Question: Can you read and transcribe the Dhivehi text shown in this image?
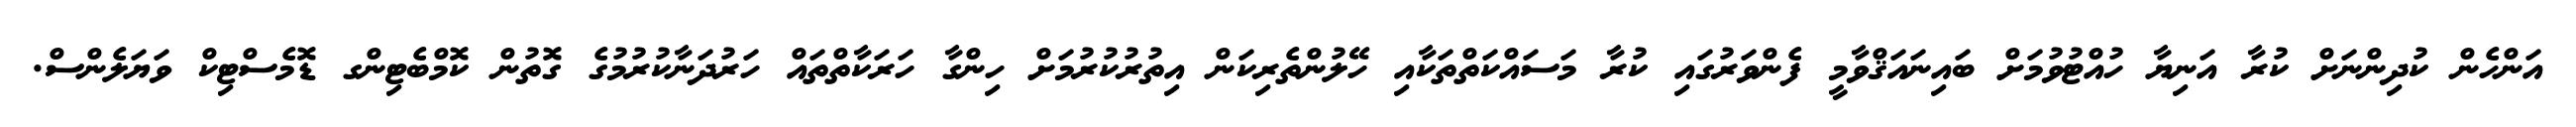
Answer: އަންހެން ކުދިންނަށް ކުރާ އަނިޔާ ހުއްޓުވުމަށް ބައިނައަޤްވާމީ ފެންވަރުގައި ކުރާ މަސައްކަތްތަކާއި ހޭލުންތެރިކަން އިތުރުކުރުމަށް ހިންގާ ހަރަކާތްތައް ހަރުދަނާކުރުމުގެ ގޮތުން ކޮމްބެޓިންގ ޑޮމެސްޓިކް ވަޔަލެންސް.